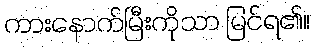
ကားနောက်မြီးကိုသာ မြင်ရ၏။